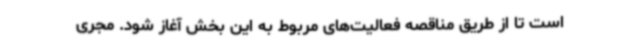
است تا از طریق مناقصه فعالیت‌های مربوط به این بخش آغاز شود. مجری